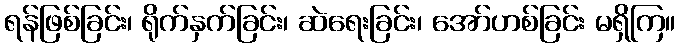
ရန်ဖြစ်ခြင်း၊ ရိုက်နှက်ခြင်း၊ ဆဲရေးခြင်း၊ အော်ဟစ်ခြင်း မရှိကြ။